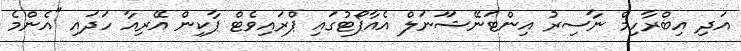
އަދި އިބްރާހިމް ނާސިރު އިންޓަނޭޝަަނަލް އެއާޕޯޓުގައި ޕްރައިވެޓް ޕާކިން އޭރިއާ ހަދައި "އެންމެ